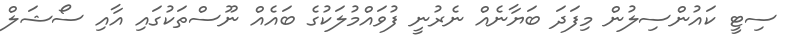
ސިޓީ ކައުންސިލުން މިފަދަ ބަޔާނެއް ނެރުނީ ފުވައްމުލަކުގެ ބައެއް ނޫސްތަކުގައި އާއި ސޯޝަލް